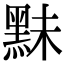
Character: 䵢